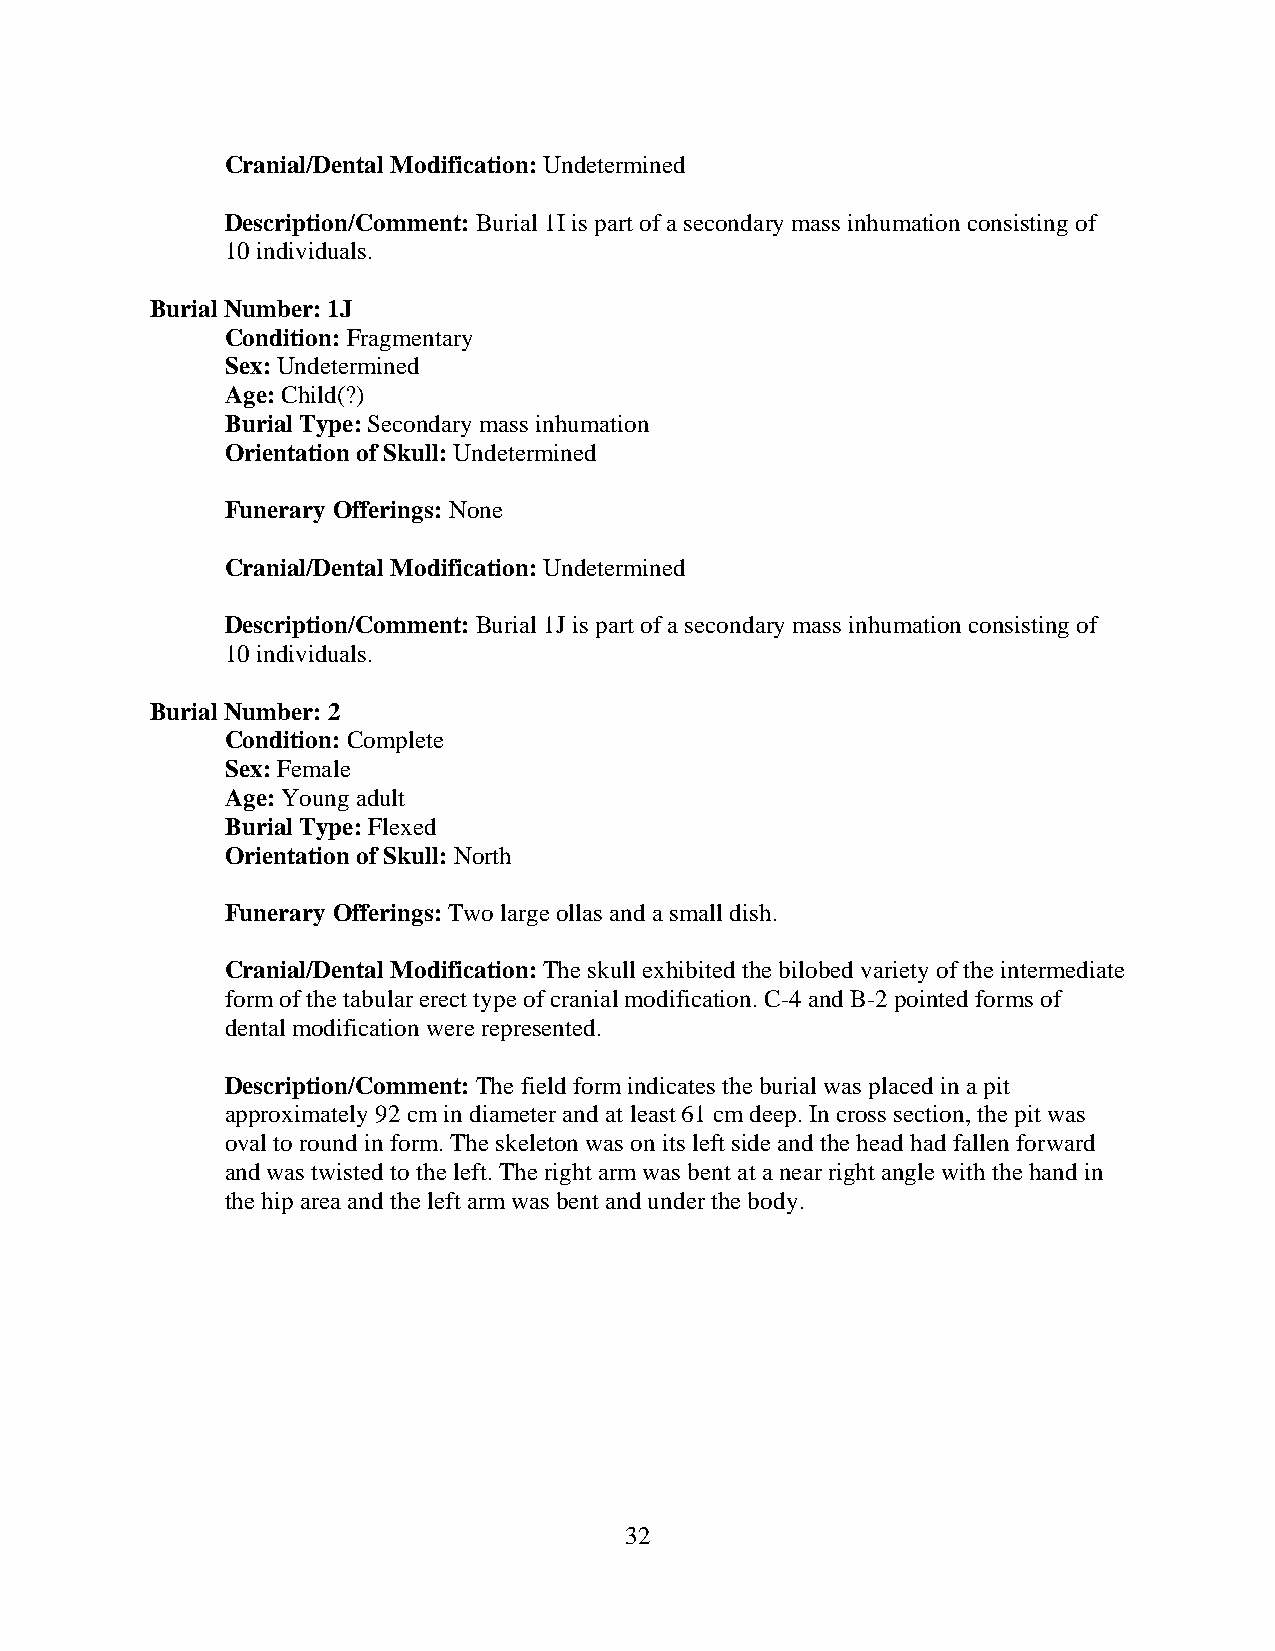
Cranial/Dental Modification: Undetermined
 Description/Comment: Burial 1I is part of a secondary mass inhumation consisting of
 10 individuals.
 Burial Number: 1J
 Condition: Fragmentary
 Sex: Undetermined
 Age: Child(?)
 Burial Type: Secondary mass inhumation
 Orientation of Skull: Undetermined
 Funerary Offerings: None
 Cranial/Dental Modification: Undetermined
 Description/Comment: Burial 1J is part of a secondary mass inhumation consisting of
 10 individuals.
 Burial Number: 2
 Condition: Complete
 Sex: Female
 Age: Young adult
 Burial Type: Flexed
 Orientation of Skull: North
 Funerary Offerings: Two large ollas and a small dish.
 Cranial/Dental Modification: The skull exhibited the bilobed variety of the intermediate
 form of the tabular erect type of cranial modification. C-4 and B-2 pointed forms of
 dental modification were represented.
 Description/Comment: The field form indicates the burial was placed in a pit
 approximately 92 cm in diameter and at least 61 cm deep. In cross section, the pit was
 oval to round in form. The skeleton was on its left side and the head had fallen forward
 and was twisted to the left. The right arm was bent at a near right angle with the hand in
 the hip area and the left arm was bent and under the body.
 32